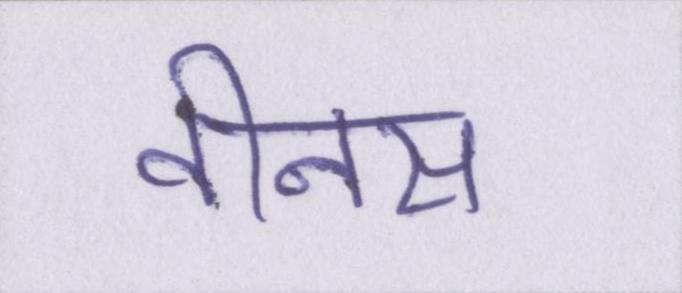
वीनस